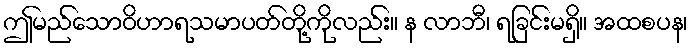
ဤမည်သောဝိဟာရသမာပတ်တို့ကိုလည်း။ န လာဘီ၊ ရခြင်းမရှိ။ အထစပန၊